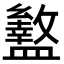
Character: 盭